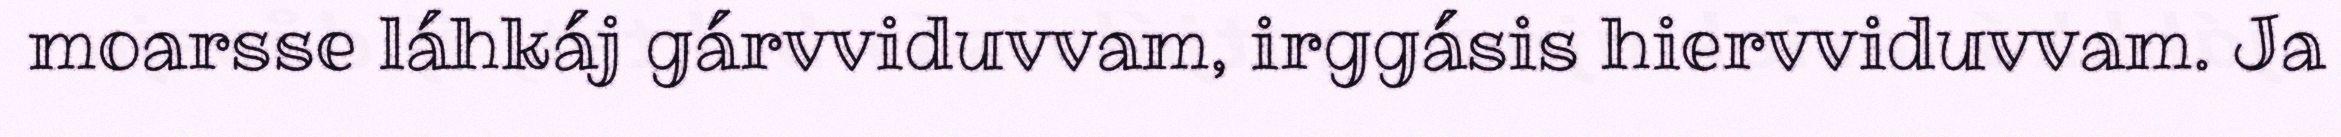
moarsse láhkáj gárvviduvvam, irggásis hiervviduvvam. Ja